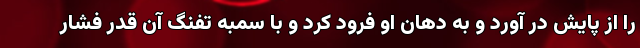
را از پایش در آورد و به دهان او فرود کرد و با سمبه تفنگ آن قدر فشار